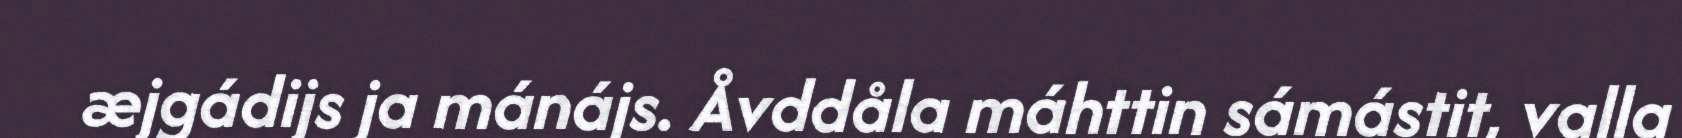
æjgádijs ja mánájs. Åvddåla máhttin sámástit, valla